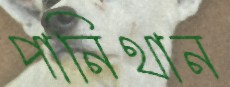
পানিথান